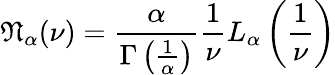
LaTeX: {\mathfrak{N}}_{\alpha}(\nu)={\frac{\alpha}{\Gamma\left({\frac{1}{\alpha}}\right)}}{\frac{1}{\nu}}L_{\alpha}\left({\frac{1}{\nu}}\right)